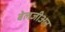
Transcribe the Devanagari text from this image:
बेलजीअन